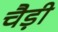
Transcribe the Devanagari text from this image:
चैड़ी